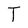
Character: T